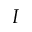
I